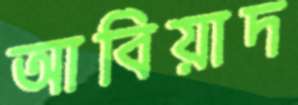
আবিয়াদ